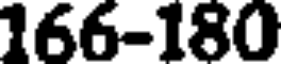
166-180